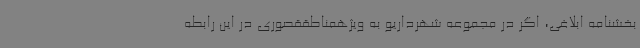
بخشنامه ابلاغی، اگر در مجموعه شهرداریو به ویژهمناطققصوری در این رابطه